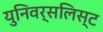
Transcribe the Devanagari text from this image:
युनिवर्सलिस्ट